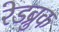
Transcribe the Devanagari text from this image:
रेडब्रुक